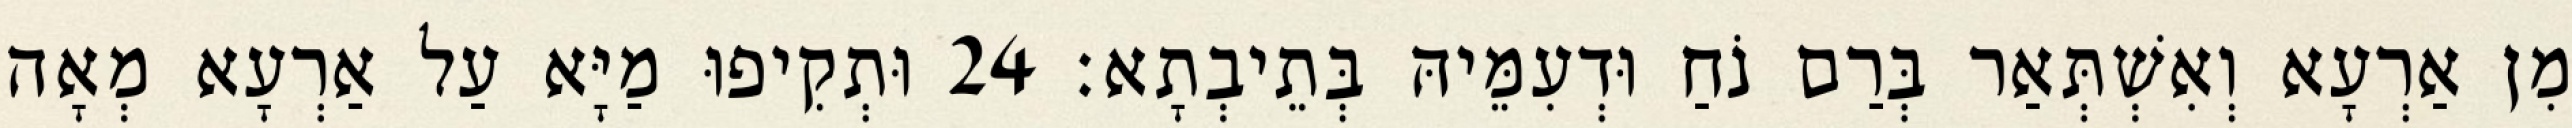
מִן אַרְעָא וְאִשְׁתְּאַר בְּרַם נֹחַ וּדְעִמֵּיהּ בְּתֵיבְתָא׃ 24 וּתְקִיפוּ מַיָּא עַל אַרְעָא מְאָה